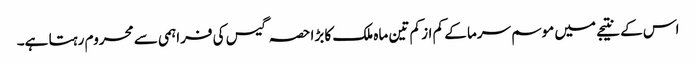
اس کے نتیجے میں موسم سرما کے کم از کم تین ماہ ملک کا بڑا حصہ گیس کی فراہمی سے محروم رہتا ہے۔